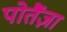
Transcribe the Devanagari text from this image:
पोतैंज़ा